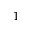
1